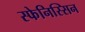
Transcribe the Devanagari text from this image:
स्फेनिस्सिन